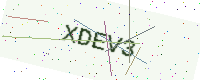
Text: XDEV3